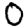
Digit: 0